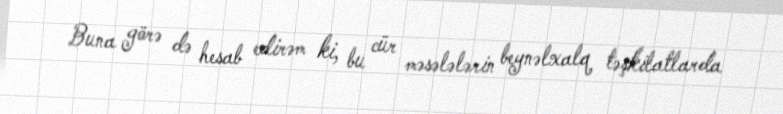
Buna görə də hesab edirəm ki, bu cür məsələlərin beynəlxalq təşkilatlarda